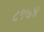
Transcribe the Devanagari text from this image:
८९७४